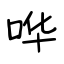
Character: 哗